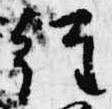
経